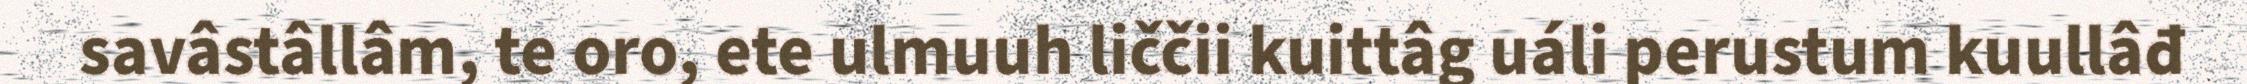
savâstâllâm, te oro, ete ulmuuh liččii kuittâg uáli perustum kuullâđ